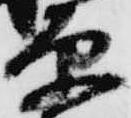
原